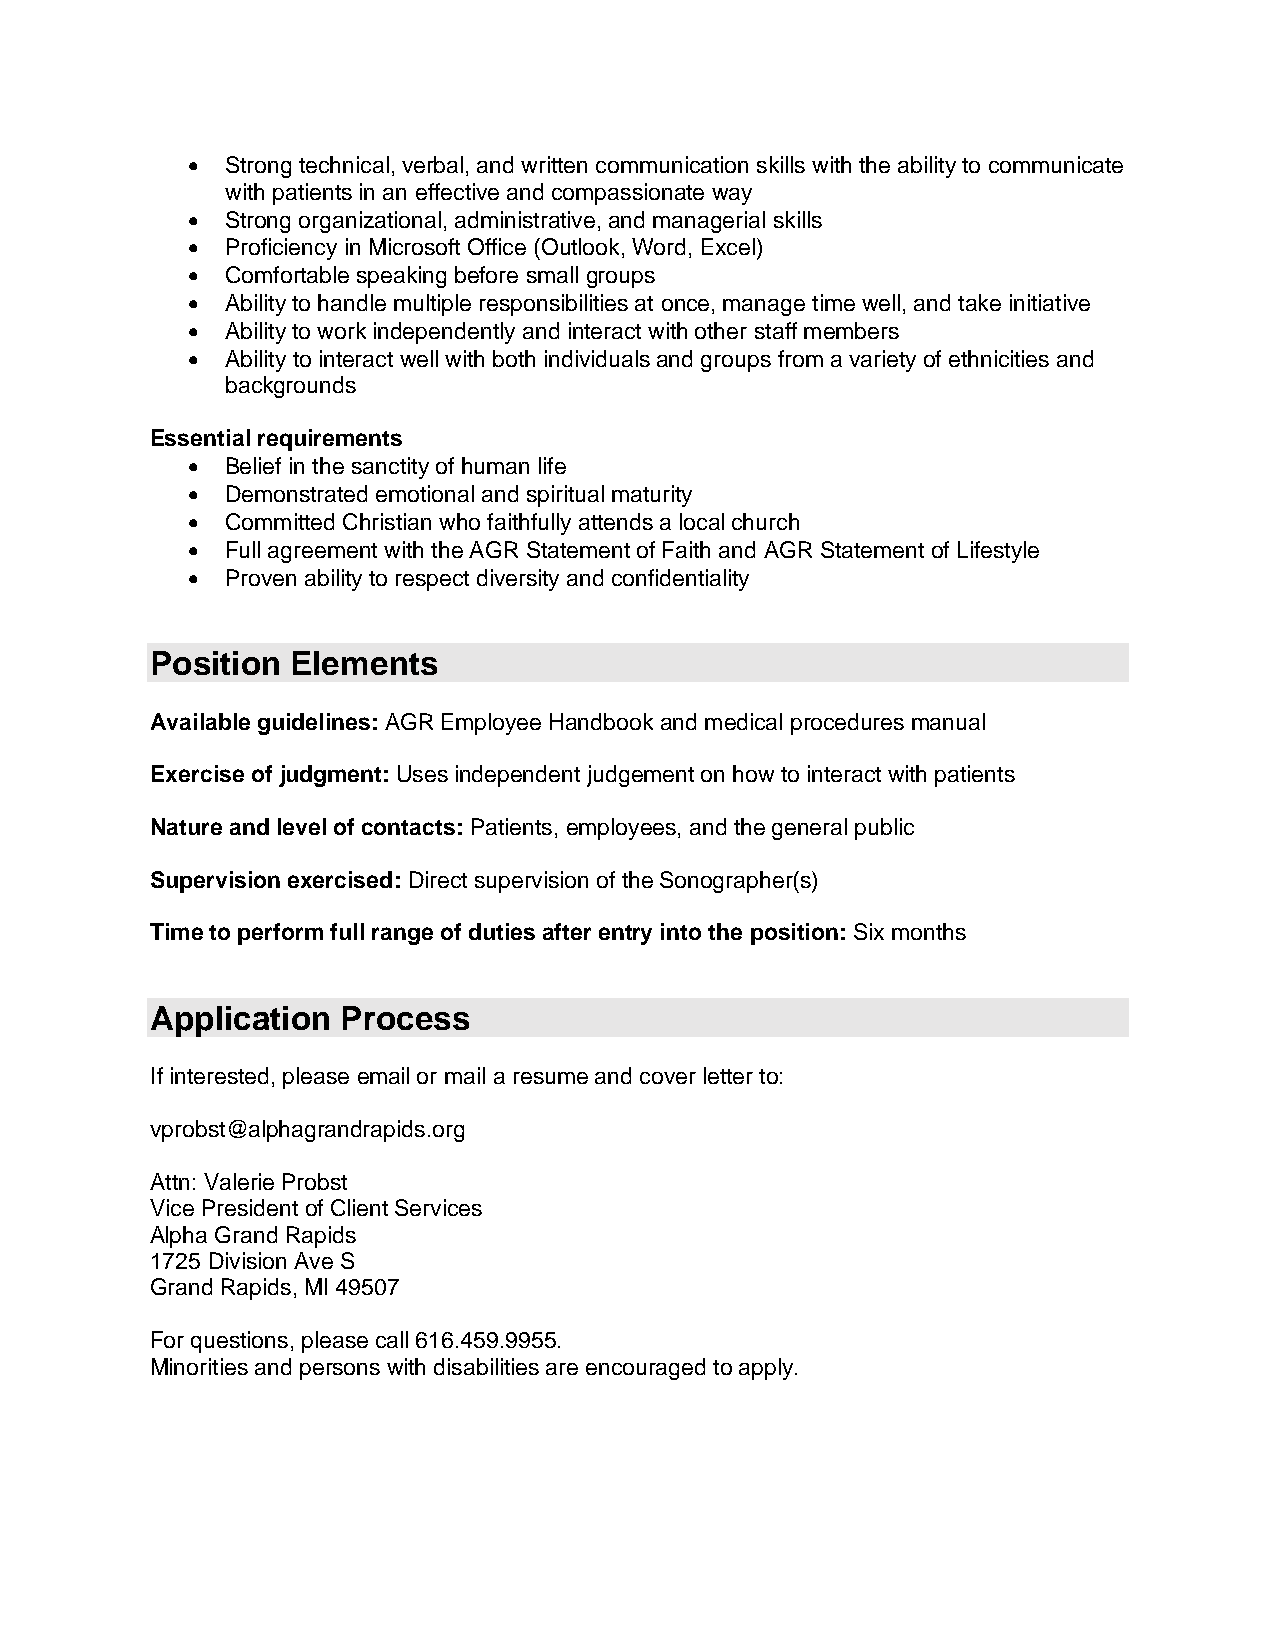
•  Strong technical, verbal, and written communication skills with the ability to communicate
 with patients in an effective and compassionate way
 •  Strong organizational, administrative, and managerial skills
 •  Proficiency in Microsoft Office (Outlook, Word, Excel)
 •  Comfortable speaking before small groups
 •  Ability to handle multiple responsibilities at once, manage time well, and take initiative
 •  Ability to work independently and interact with other staff members
 •  Ability to interact well with both individuals and groups from a variety of ethnicities and
 backgrounds
 Essential requirements
 •  Belief in the sanctity of human life
 •  Demonstrated emotional and spiritual maturity
 •  Committed Christian who faithfully attends a local church
 •  Full agreement with the AGR Statement of Faith and AGR Statement of Lifestyle
 •  Proven ability to respect diversity and confidentiality
 Position Elements
 Available guidelines: AGR Employee Handbook and medical procedures manual
 Exercise of judgment: Uses independent judgement on how to interact with patients
 Nature and level of contacts: Patients, employees, and the general public
 Supervision exercised: Direct supervision of the Sonographer(s)
 Time to perform full range of duties after entry into the position: Six months
 Application  Process
 If interested, please email or mail a resume and cover letter to:
 vprobst@alphagrandrapids.org
 Attn: Valerie Probst
 Vice President of Client Services
 Alpha Grand Rapids
 1725 Division Ave S
 Grand Rapids, MI 49507
 For questions, please call 616.459.9955.
 Minorities and persons with disabilities are encouraged to apply.